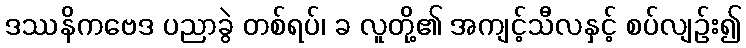
ဒဿနိကဗေဒ ပညာခွဲ တစ်ရပ်၊ ခ လူတို့၏ အကျင့်သီလနှင့် စပ်လျဉ်း၍